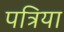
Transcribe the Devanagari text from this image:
पत्रिया